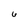
Character: 6